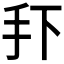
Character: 𭠏